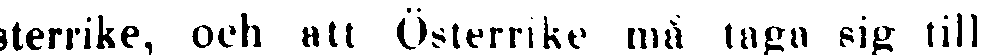
sterrike, och att Österrike må taga sig till